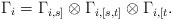
\begin{align*}\Gamma_i = \Gamma_{i,s]}\otimes \Gamma_{i,[s,t]}\otimes \Gamma_{i,[t}. \end{align*}